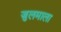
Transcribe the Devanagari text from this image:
जुलमाला